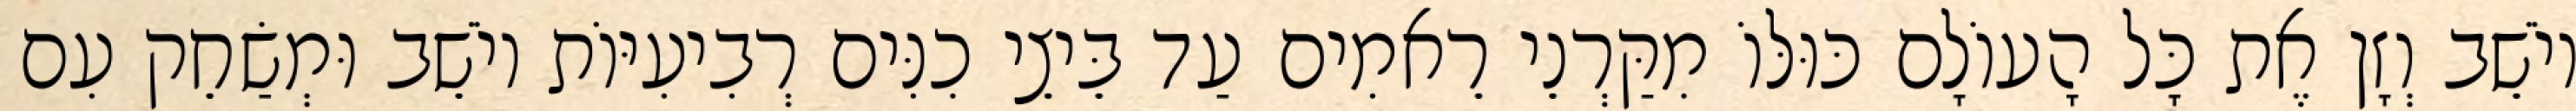
יוֹשֵׁב וְזָן אֶת כָּל הָעוֹלָם כּוּלּוֹ מִקַּרְנֵי רֵאמִים עַד בֵּיצֵי כִנִּים רְבִיעִיּוֹת יוֹשֵׁב וּמְשַׂחֵק עִם